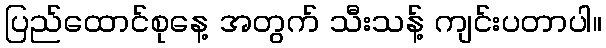
ပြည်ထောင်စုနေ့ အတွက် သီးသန့် ကျင်းပတာပါ။